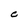
Character: C